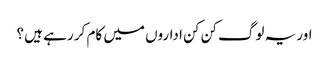
اور یہ لوگ کن کن اداروں میں کام کر رہے ہیں ؟